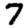
Digit: 7